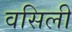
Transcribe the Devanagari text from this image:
वसिली